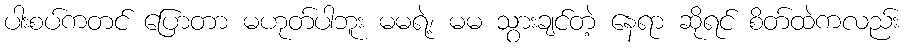
ပါးစပ်ကတင် ပြောတာ မဟုတ်ပါဘူး မမရဲ့၊ မမ သွားချင်တဲ့ နေရာ ဆိုရင် စိတ်ထဲကလည်း